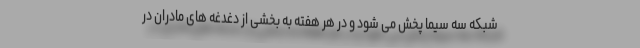
شبکه سه سیما پخش می شود و در هر هفته به بخشی از دغدغه های مادران در